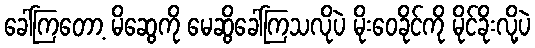
ခေါ်ကြတော့ မိဆွေကို မေဆွိခေါ်ကြသလိုပဲ မိုးဝေခိုင်ကို မိုင်ခိုးလို့ပဲ